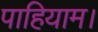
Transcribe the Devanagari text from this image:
पाहियाम।